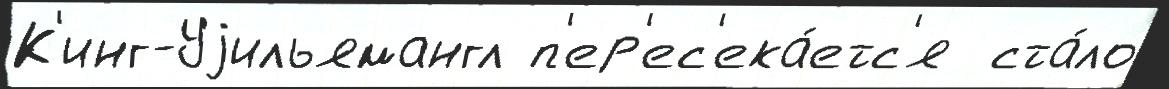
К'инг-Уjильямангл п'ер'ес'ека́етс'я  ста́ло